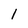
Character: l